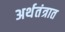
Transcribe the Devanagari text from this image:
अर्थतंत्रात